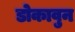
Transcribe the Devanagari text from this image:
डोकावुन